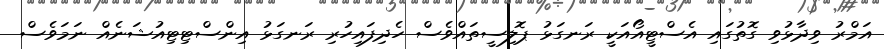
އަމްރު ވިދާޅުވި ގޮތުގައި އެސްޓީއޯއަކީ ރަނގަޅު ޕޮލިސީތައްވެސް ހެދިފައިހުރި ރަނގަޅު އިންސްޓިޓިއުޝަނެއް ނަމަވެސް